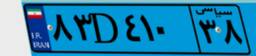
۸۳D۴۱۰۳۸